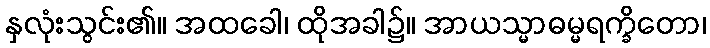
နှလုံးသွင်း၏။ အထခေါ၊ ထိုအခါ၌။ အာယသ္မာဓမ္မရက္ခိတော၊